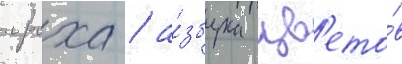
ироха / а́збука цв'ето́в